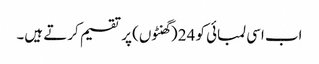
اب اسی لمبائی کو 24 (گھنٹوں) پر تقسیم کرتے ہیں۔